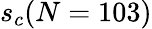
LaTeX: s_{c}(N=103)